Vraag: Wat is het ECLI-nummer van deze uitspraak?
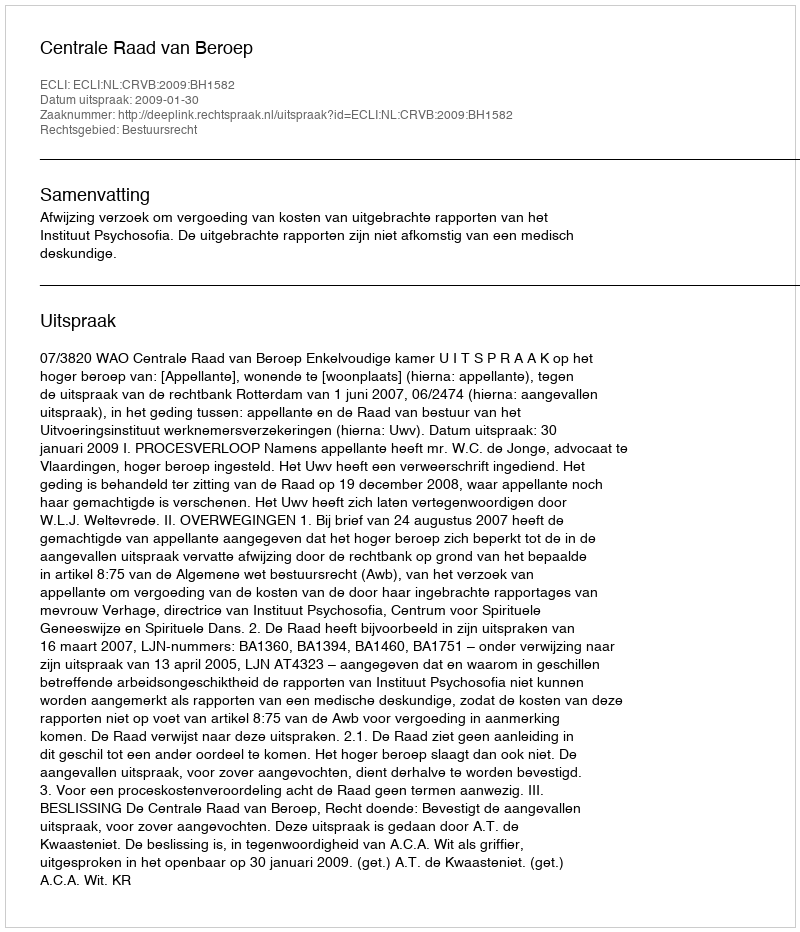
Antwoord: ECLI:NL:CRVB:2009:BH1582